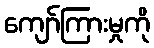
ကျော်ကြားမှုကို